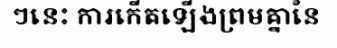
ៗនេះ ការកើតឡើងព្រមគ្នានៃ